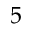
5